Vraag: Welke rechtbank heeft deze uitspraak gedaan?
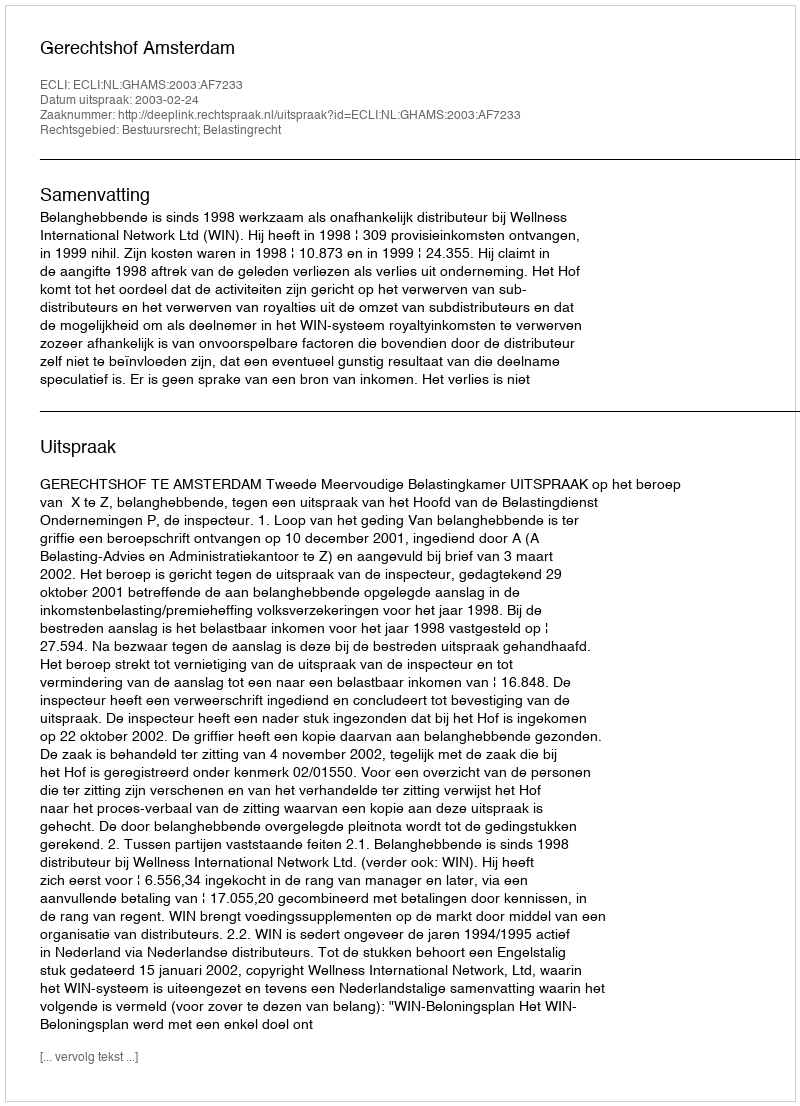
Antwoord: Gerechtshof Amsterdam